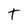
Character: T